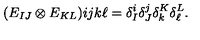
\begin{matrix} { ( E _ { I J } \otimes E _ { K L } ) } \\ \end{matrix} { i j } { k \ell } = \delta _ { I } ^ { i } \delta _ { J } ^ { j } \delta _ { k } ^ { K } \delta _ { \ell } ^ { L } .